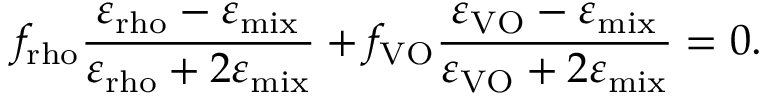
f _ { \mathrm { r h o } } \frac { \varepsilon _ { \mathrm { r h o } } - \varepsilon _ { \mathrm { m i x } } } { \varepsilon _ { \mathrm { r h o } } + 2 \varepsilon _ { \mathrm { m i x } } } + f _ { \mathrm { V O } } \frac { \varepsilon _ { \mathrm { V O } } - \varepsilon _ { \mathrm { m i x } } } { \varepsilon _ { \mathrm { V O } } + 2 \varepsilon _ { \mathrm { m i x } } } = 0 .